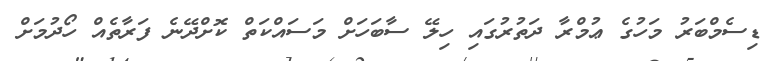
ޑިސެމްބަރު މަހުގެ ޢުމްރާ ދަތުރުގައި ހިލޭ ސާބަހަށް މަސައްކަތް ކޮށްދޭނެ ފަރާތެއް ހޯދުމަށް